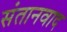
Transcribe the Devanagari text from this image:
संतानवाद